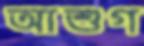
আশুগ